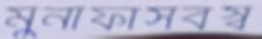
মুনাফাসর্বস্ব